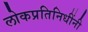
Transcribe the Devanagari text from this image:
लोकप्रतिनिधींनी